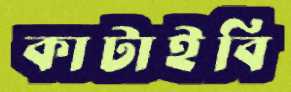
কাটাইবি